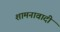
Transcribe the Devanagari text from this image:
शामनावादी